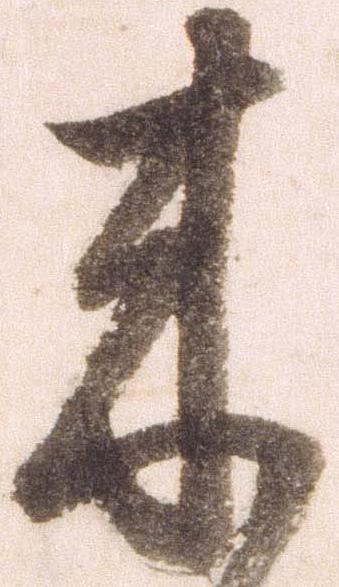
来